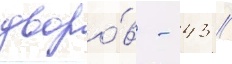
дворо́в - 43 //